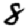
Digit: 8